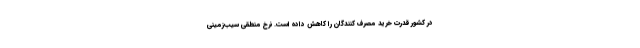
در کشور قدرت خرید مصرف کنندگان را کاهش داده است. نرخ منطقی سیب‌زمینی